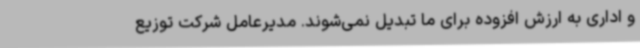
و اداری به ارزش افزوده برای ما تبدیل نمی‌شوند. مدیرعامل شرکت توزیع